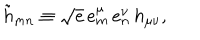
\tilde { h } _ { m n } \equiv \sqrt { e } \, e _ { m } ^ { \mu } \, e _ { n } ^ { \nu } \, h _ { \mu \nu } ,